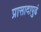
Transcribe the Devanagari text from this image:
प्रासादापुढं